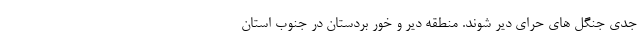
جدی جنگل های حرای دیر شوند. منطقه دیر و خور بردستان در جنوب استان